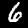
Digit: 6